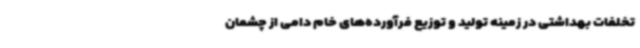
تخلفات بهداشتی در زمینه تولید و توزیع فرآورده‌های خام دامی از چشمان